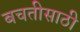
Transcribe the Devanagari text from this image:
बचतीसाठी